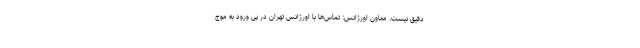
دقیق نیست. معاون اورژانس: تماس‌ها با اورژانس تهران در پی ورود به موج